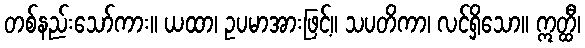
တစ်နည်းသော်ကား။ ယထာ၊ ဥပမာအားဖြင့်။ သပတိကာ၊ လင်ရှိသော။ ဣတ္ထီ၊